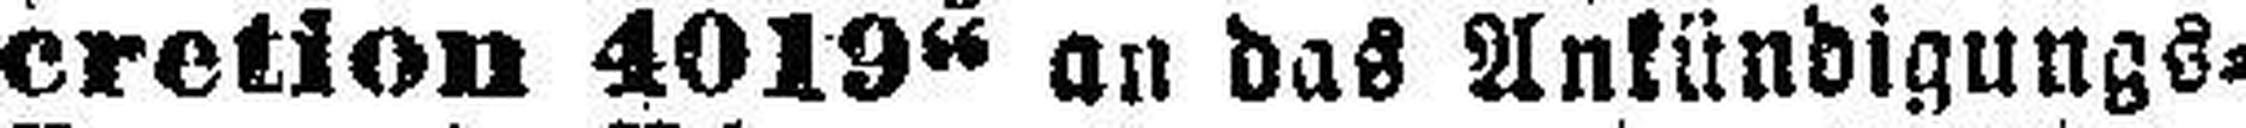
cretion 4019“ an das Ankündigungs=